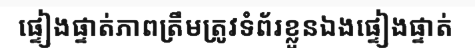
ផ្ទៀងផ្ទាត់ភាពត្រឹមត្រូវទំព័រខ្លួនឯងផ្ទៀងផ្ទាត់